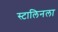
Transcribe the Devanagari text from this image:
स्टालिनला